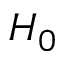
H _ { 0 }